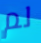
لم